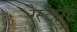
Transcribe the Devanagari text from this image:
रेस्टांरंट